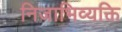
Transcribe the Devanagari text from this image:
निजाभिव्यक्ति